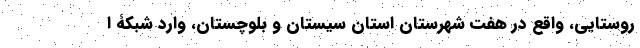
روستایی، واقع در هفت شهرستان استان سیستان و بلوچستان، وارد شبکۀ ا